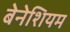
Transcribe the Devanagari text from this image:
बेनेशियम